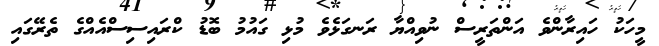
މީހަކު ހައިރާންވެ އަންތަރީސް ނުވިއްޔާ ރަނގަޅެވެ މުޅި ގައުމު ބޮޑު ކްރައިސިސްއެއްގެ ތެރޭގައި